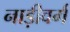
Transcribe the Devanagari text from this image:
नाड़ीवर्ग